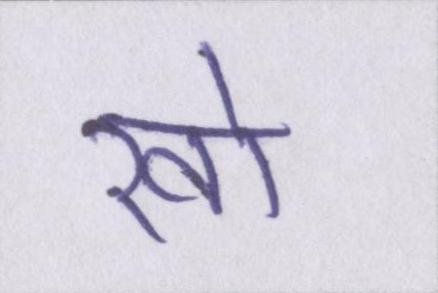
खो